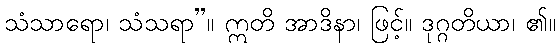
သံသာရော၊ သံသရာ”။ ဣတိ အာဒိနာ၊ ဖြင့်။ ဒုဂ္ဂတိယာ၊ ၏။